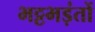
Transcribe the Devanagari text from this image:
भट्टभड़ंतों